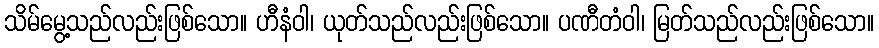
သိမ်မွေ့သည်လည်းဖြစ်သော။ ဟီနံဝါ၊ ယုတ်သည်လည်းဖြစ်သော။ ပဏီတံဝါ၊ မြတ်သည်လည်းဖြစ်သော။